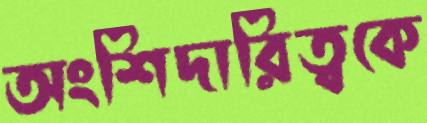
অংশিদারিত্বকে